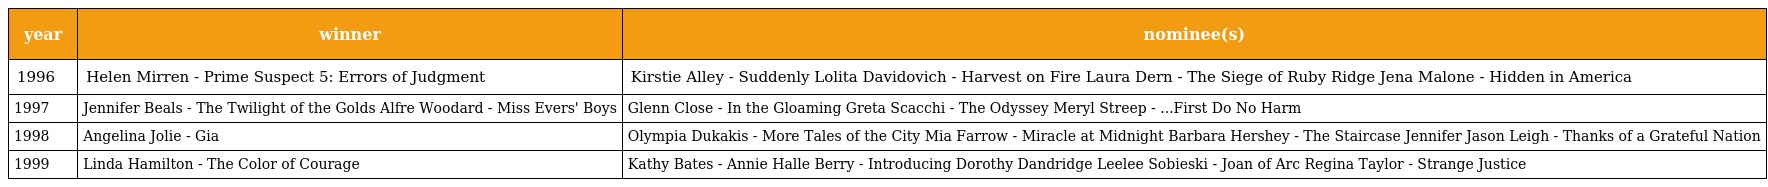
| year | winner | nominee(s) |
 | --- | --- | --- |
 | 1996 | Helen Mirren - Prime Suspect 5: Errors of Judgment | Kirstie Alley - Suddenly Lolita Davidovich - Harvest on Fire Laura Dern - The Siege of Ruby Ridge Jena Malone - Hidden in America |
 | 1997 | Jennifer Beals - The Twilight of the Golds Alfre Woodard - Miss Evers' Boys | Glenn Close - In the Gloaming Greta Scacchi - The Odyssey Meryl Streep - ...First Do No Harm |
 | 1998 | Angelina Jolie - Gia | Olympia Dukakis - More Tales of the City Mia Farrow - Miracle at Midnight Barbara Hershey - The Staircase Jennifer Jason Leigh - Thanks of a Grateful Nation |
 | 1999 | Linda Hamilton - The Color of Courage | Kathy Bates - Annie Halle Berry - Introducing Dorothy Dandridge Leelee Sobieski - Joan of Arc Regina Taylor - Strange Justice |